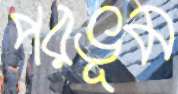
পরভূম